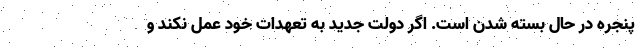
پنجره در حال بسته شدن است. اگر دولت جدید به تعهدات خود عمل نکند و